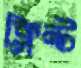
ক্লিন্ট